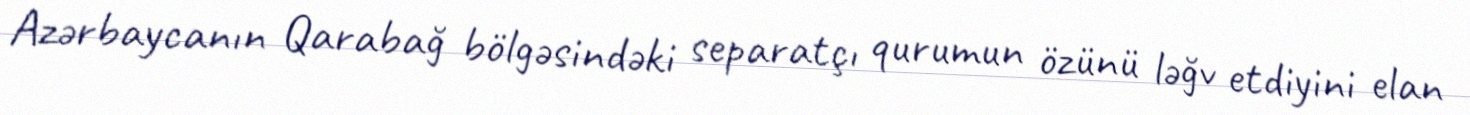
Azərbaycanın Qarabağ bölgəsindəki separatçı qurumun özünü ləğv etdiyini elan